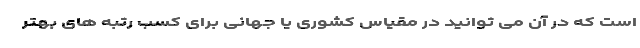
است که در آن می توانید در مقیاس کشوری یا جهانی برای کسب رتبه های بهتر